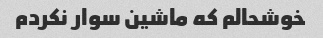
خوشحالم که ماشین سوار نکردم